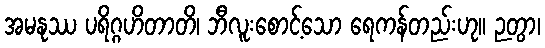
အမနုဿ ပရိဂ္ဂဟိတာတိ၊ ဘီလူးစောင့်သော ရေကန်တည်းဟု။ ဉတွာ၊